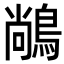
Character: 𪁺